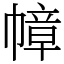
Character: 幛